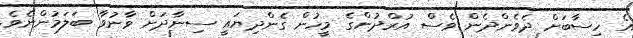
އެ ހިސާބަށް ދެވެންދެން ވެސް އުރްދުންގެ މީހުން ގެންދިޔައީ ސިނާދަށް ވާނުވާ ބަލަމުންނެވެ.